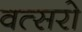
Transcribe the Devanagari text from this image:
वत्सरो